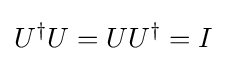
U^{\dagger }U=UU^{\dagger }=I